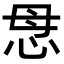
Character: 𢘓